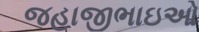
જહાજીભાઇઓ